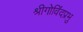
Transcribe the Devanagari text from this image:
श्रीगोविंदप्रभु